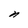
Character: n